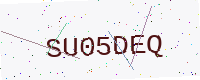
Text: SU05DEQ